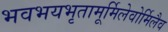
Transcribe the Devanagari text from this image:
भवभयभृतामूर्मिलेवोर्मिलैव